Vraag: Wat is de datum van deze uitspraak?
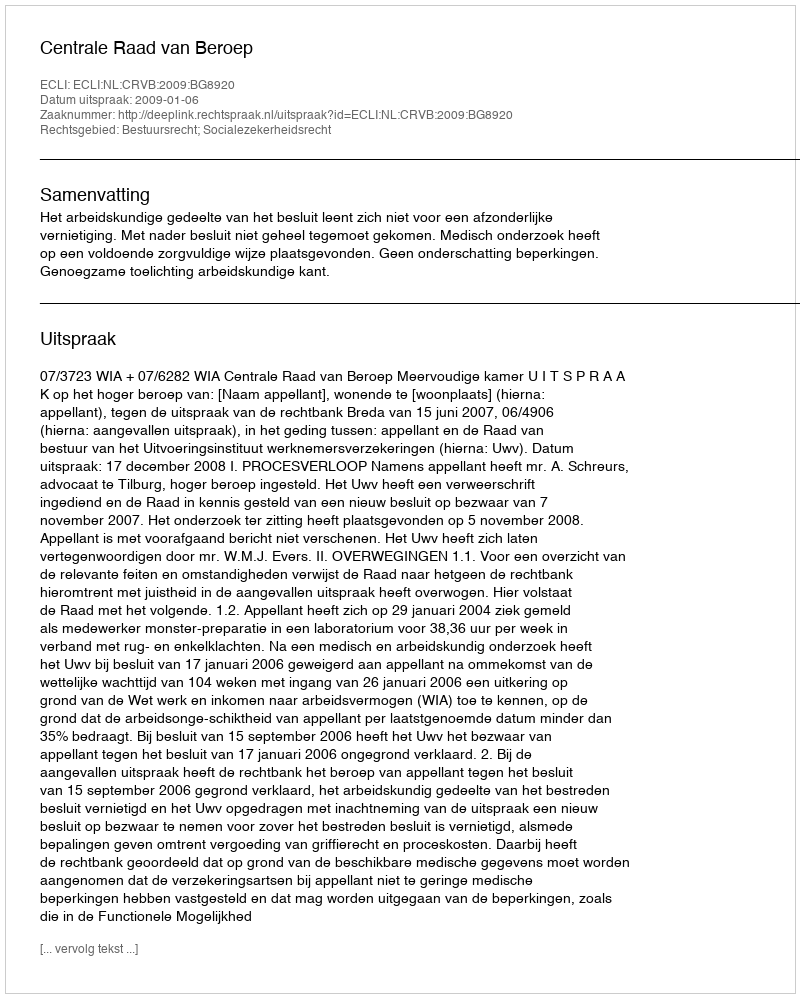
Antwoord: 2009-01-06